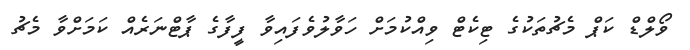
ވޯލްޑް ކަޕް މެޗުތަކުގެ ޓިކެޓް ވިއްކުމަށް ހަވާލުވެފައިވާ ފީފާގެ ޕާޓްނަރެއް ކަމަށްވާ މެޗު